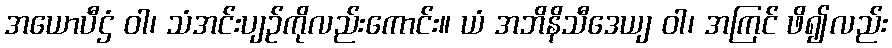
အယောပီဌံ ဝါ၊ သံအင်းပျဉ်ကိုလည်းကောင်း။ ယံ အဘိနိသီဒေယျ ဝါ၊ အကြင် ဖိ၍လည်း